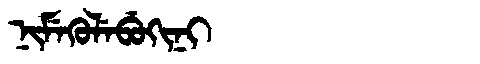
Manchu: ᠨᡳᠮᡝᡴᡠᠯᡝᠪᡠᡴᡳᠨᡳ
Romanization: NIMEKULEBUKINI